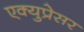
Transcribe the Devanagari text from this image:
एक्युप्रेसर